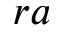
r a